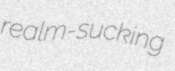
realm-sucking